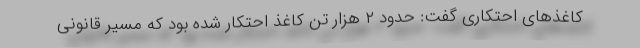
کاغذهای احتکاری گفت: حدود ٢ هزار تن کاغذ احتکار شده بود که مسیر قانونی